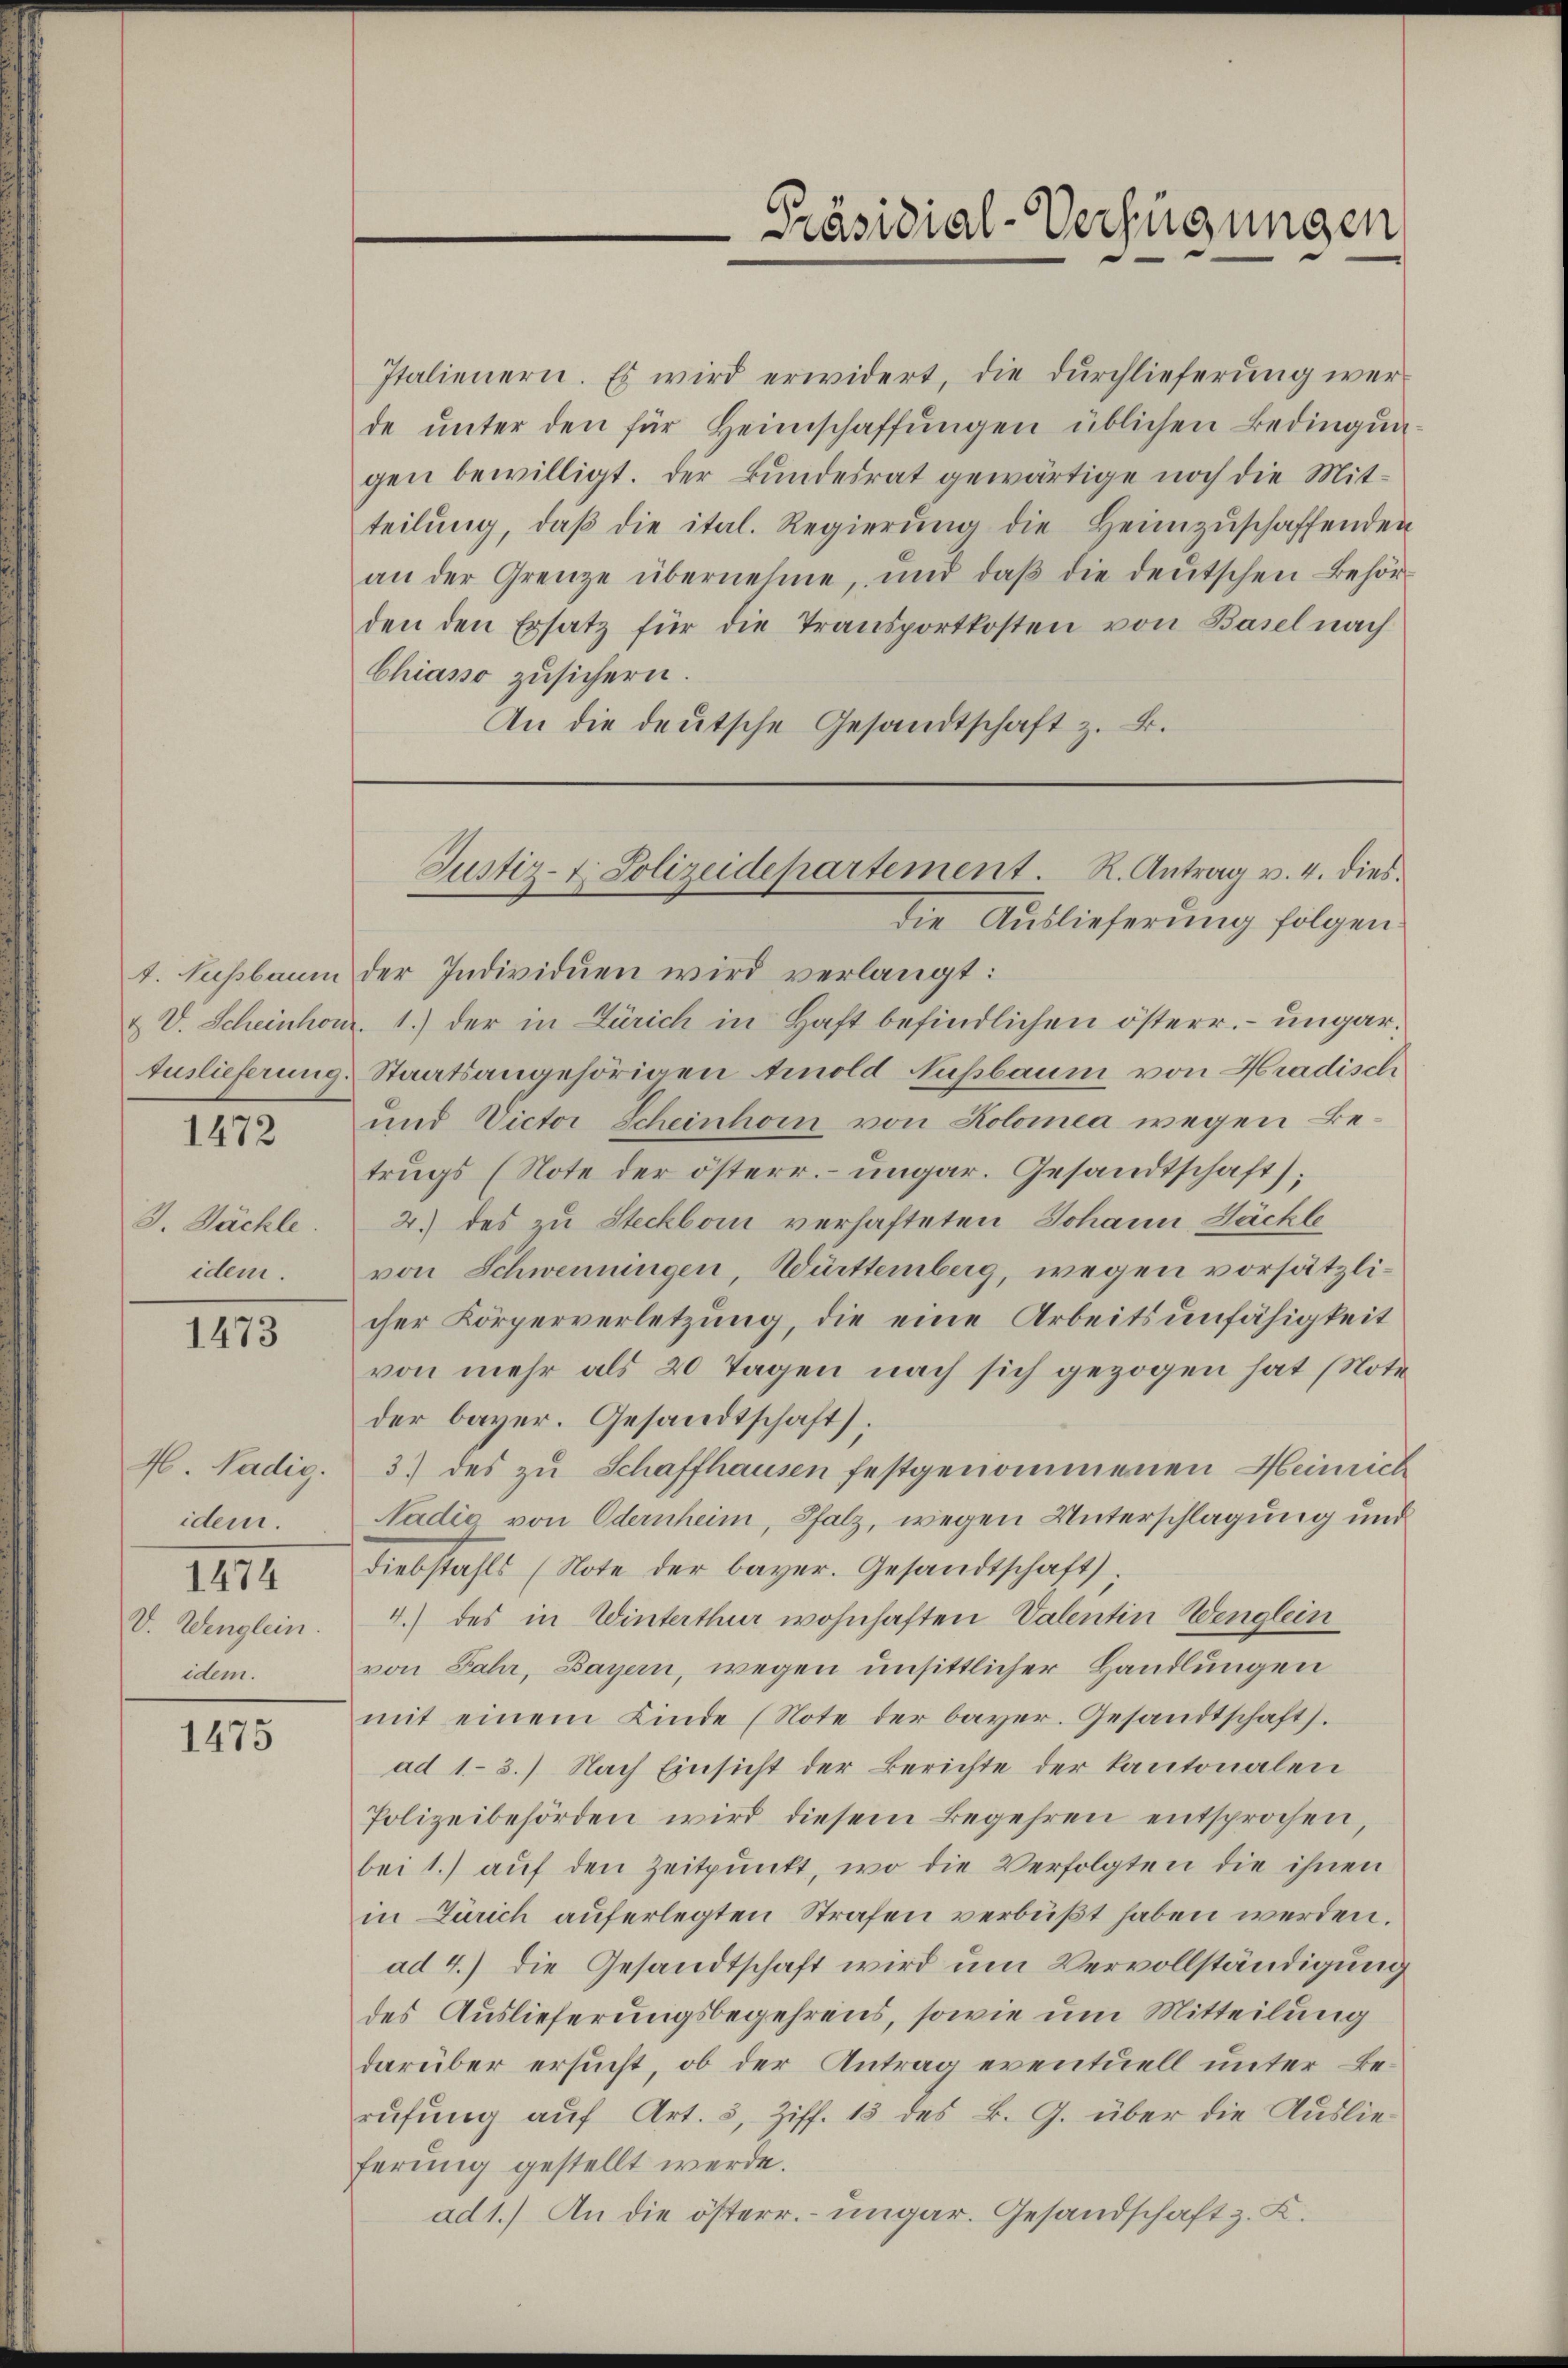
1472

J. Säckle.
idem.

1473

H. Nadig.
idem.
1474
V. Wenglein.
idem.

1475

Italienern. Es wird erwidert, die dŭrchlieferŭng werde ŭnter den für Heimschaffŭngen üblichen Bedingungen bewilligt. Der Bundesrat gewärtige noch die Mitteilŭng, daβ die ital. Regierŭng die Heimzuschaffenden
an der Grenze übernehme, und daβ die deŭtschen Behör-
den den Ersatz für die Transportkosten von Basel nach
Chiasso zusichern.
An die deutsche Gesandtschaft z. B.

t. Nussbaum der Individuen wird verlangt:
& V. Scheinhon. 1.) der in Zürich in Haft befindlichen österr. – ungar¬
Auslieferung, Staatsangehörigen Arnold Nußbaum von Hradisch
und Victor Scheinhorn von Kolomea wegen Betrugs (Note der österr. ungar. Gesandtschaft;
2.) des zu Steckborn verhafteten Johann Büchle
von Schwenningen, Württemberg, wegen vorsätzlicher Körperverletzung, die eine Arbeitsunfähigkeit
von mehr als 20 Tagen nach sich gezogen hat (Noteder bayer. Gesandtschaft);
3) des zu Schaffhausen festgenommenen Heinrich
Nädig von Odernheim, Pfalz, wegen Unterschlagung und
Diebstahls (Note der bayer. Gesandtschaft;
4.) des in Winterthur wohnhaften Valentin Wenglein
von Jahr, Bayern, wegen unsittlicher Handlungen
mit einem Kinde (Note der bayer. Gesandtschafts.
ad 1.- 3.) Nach Einsicht der Berichte der Kantonalen
Polizeibehörden wird diesem Begehren entsprochen,
bei 1.) aŭf den Zeitpunkt, wo die Verfolgten die ihnen
in Zürich auferlegten Strafen verbüßt haben werden.
ad 4.) Die Gesandtschaft wird um Vervollständigung
des Auslieferungsbegehrens, sowie um Mitteilung
darüber ersucht, ob der Antrag eventuell unter Berufung auf Art. 3, Ziff. 13 des B. G. über die Auslieferung gestellt werde.
ad 1.) An die österr. ungar. Gesandschaft z. K.

Präsidial-Verfügungen

Justiz-t. Polizeidepartement. R. Antrag v. 4. dies
die Auslieferung folgen